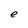
Character: e